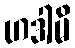
ဟဒါမိ